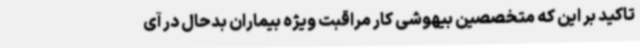
تاکید بر این که متخصصین بیهوشی کار مراقبت ویژه بیماران بدحال در آی